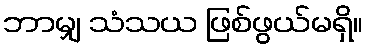
ဘာမျှ သံသယ ဖြစ်ဖွယ်မရှိ။